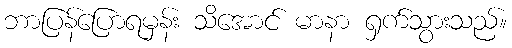
ဘာပြန်ပြောရမှန်း သိအောင် မာနာ ရှက်သွားသည်။